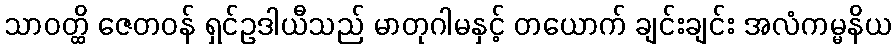
သာဝတ္ထိ ဇေတဝန် ရှင်ဥဒါယီသည် မာတုဂါမနှင့် တယောက် ချင်းချင်း အလံကမ္မနိယ